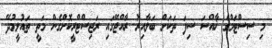
މި ސިސްޓަމްގެ ޚާއްސަ ސިފަ ތަކަށް ބަލާއިރު ރާއްޖޭގައި ރަޖިސްޓްރީކޮށްގެން މަތީ ތައުލީމުދޭ